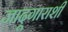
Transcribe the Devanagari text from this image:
जादूगाराशी